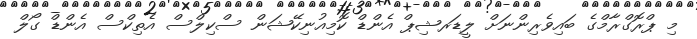
މި ޕްރޮގްރާމްގެ ބައިވެރިންނަށް ލީޑަރޝިޕް އެންޑް ކޮމިއުނިކޭޝަން ސްކިލްސް އެތިކްސް އެންޑް ގޯލް